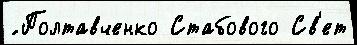
́ Полтавченко Стабового Св'ет